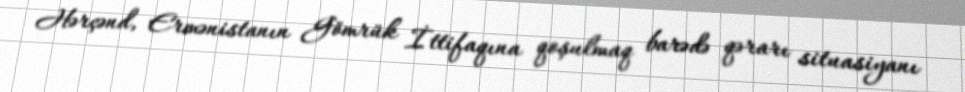
Hərçənd, Ermənistanın Gömrük İttifaqına qoşulmaq barədə qərarı situasiyanı